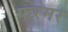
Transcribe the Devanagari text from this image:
फरमर